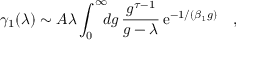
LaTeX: \gamma _ { 1 } ( \lambda ) \sim A \lambda \int _ { 0 } ^ { \infty } \! \! \! d g \, { \frac { g ^ { \tau - 1 } } { g - \lambda } } \, \mathrm { e } ^ { - 1 / ( \beta _ { 1 } g ) } \quad ,